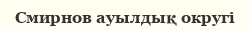
Смирнов ауылдық округі